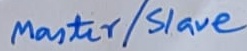
Text: Master/Slave